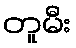
တူမီး